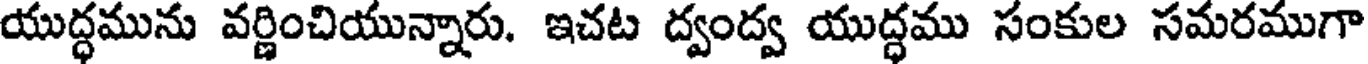
యుద్ధమును వర్ణించియున్నారు. ఇచట ద్వంద్వ యుద్ధము సంకుల సమరముగా